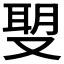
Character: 𠭪